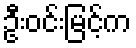
ဦးဝင်းမြင့်က